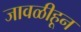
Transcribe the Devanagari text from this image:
जावळीहून